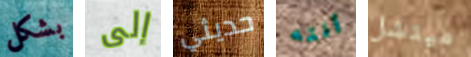
بشكل إلى حديثي أنته ميتشل